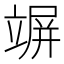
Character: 竮